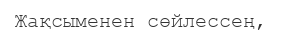
Жақсыменен сөйлессең,